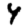
Digit: 4